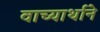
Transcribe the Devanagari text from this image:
वाच्यार्थाने